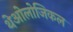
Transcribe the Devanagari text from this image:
थेओलोजिकल